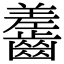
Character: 齹